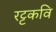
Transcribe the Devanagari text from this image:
रट्टकवि